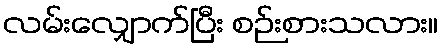
လမ်းလျှောက်ပြီး စဉ်းစားသလား။